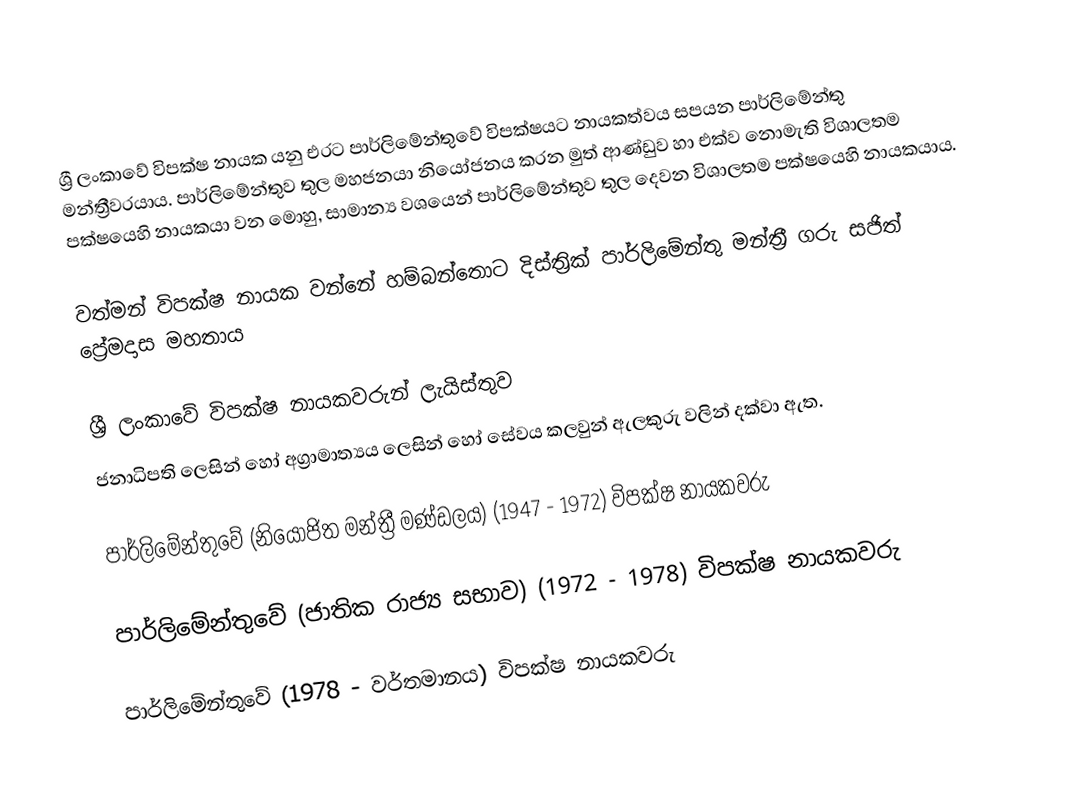
ශ්‍රී ලංකාවේ විපක්ෂ නායක යනු එරට පාර්ලිමේන්තුවේ විපක්ෂයට නායකත්වය සපයන පාර්ලිමේන්තු මන්ත්‍රීවරයාය.  පාර්ලිමේන්තුව තුල මහජනයා නියෝජනය කරන මුත් ආණ්ඩුව හා එක්ව නොමැති විශාලතම පක්ෂයෙහි නායකයා වන මොහු, සාමාන්‍ය වශයෙන් පාර්ලිමේන්තුව තුල දෙවන විශාලතම පක්ෂයෙහි  නායකයාය.

වත්මන් විපක්ෂ නායක වන්නේ හම්බන්තොට දිස්ත්‍රික් පාර්ලිමේන්තු මන්ත්‍රී ගරු සජිත් ප්‍රේමදාස මහතාය

ශ්‍රී ලංකාවේ විපක්ෂ නායකවරුන් ලැයිස්තුව
ජනාධිපති ලෙසින් හෝ අග්‍රාමාත්‍යය ලෙසින් හෝ සේවය කලවුන් ඇලකුරු වලින් දක්වා ඇත.

පාර්ලිමේන්තුවේ  (නියෝජිත මන්ත්‍රී මණ්ඩලය) (1947 - 1972) විපක්ෂ නායකවරු

පාර්ලිමේන්තුවේ (ජාතික රාජ්‍ය සභාව) (1972 - 1978) විපක්ෂ නායකවරු

පාර්ලිමේන්තුවේ (1978 - වර්තමානය) විපක්ෂ නායකවරු